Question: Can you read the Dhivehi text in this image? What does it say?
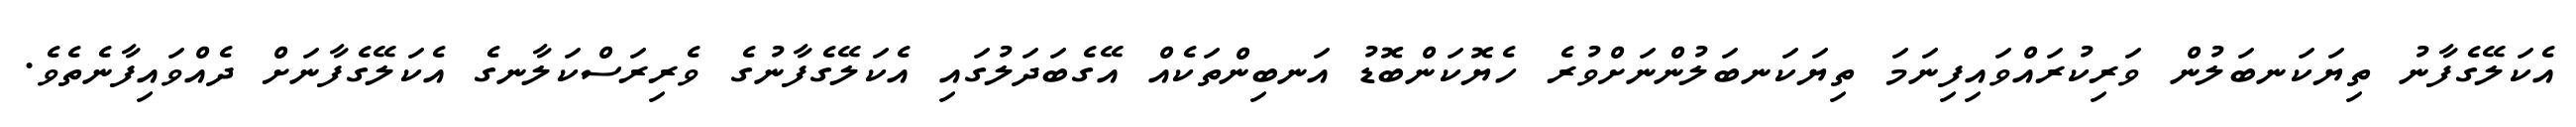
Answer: އެކަލޭގެފާނު ތިޔަކަނބަލުން ވަރިކުރައްވައިފިނަމަ ތިޔަކަނބަލުންނަށްވުރެ ހެޔޮކަންބޮޑު އަނބިންތަކެއް އޭގެބަދަލުގައި އެކަލޭގެފާނުގެ ވެރިރަސްކަލާނގެ އެކަލޭގެފާނަށް ދެއްވައިފާނެތެވެ.